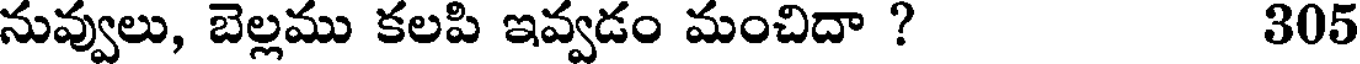
నువ్వులు, బెల్లము కలపి ఇవ్వడం మంచిదా ? 305